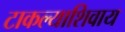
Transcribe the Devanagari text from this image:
टाकल्याशिवाय